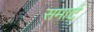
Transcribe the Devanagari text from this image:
समार्ट